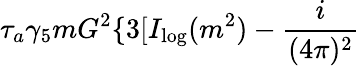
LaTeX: \tau_{a}\gamma_{5}mG^{2}\{ 3[I_{\log}(m^{2})-\frac{i}{(4\pi)^{2}}